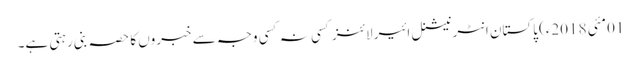
01مئی 2018ء) پاکستان انٹرنیشنل ائیر لائنز کسی نہ کسی وجہ سے خبروں کا حصہ بنی رہتی ہے۔